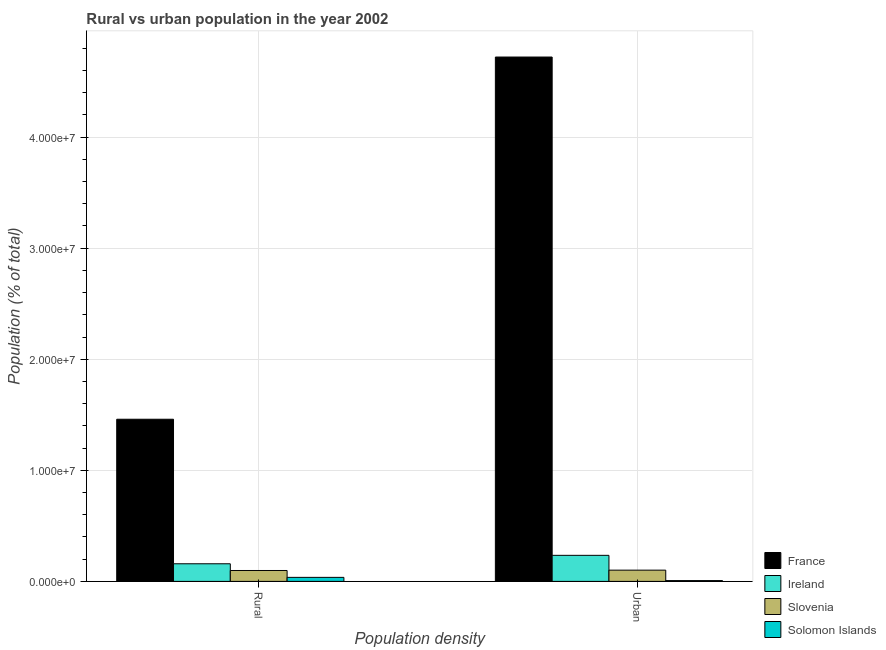
| Population density | France | Ireland | Slovenia | Solomon Islands |
 | --- | --- | --- | --- | --- |
 | Rural | 1.46e+07 | 1.59e+06 | 9.82e+05 | 3.63e+05 |
 | Urban | 4.72e+07 | 2.35e+06 | 1.01e+06 | 7.22e+04 |